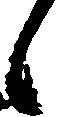
候